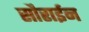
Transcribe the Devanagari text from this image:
सौराईन